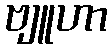
ဗျူဟာ